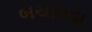
બચાવવા